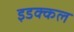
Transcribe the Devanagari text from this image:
इडक्कल